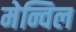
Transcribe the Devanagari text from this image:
मेन्विल